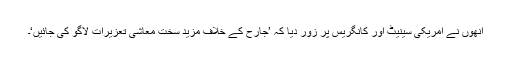
اُنھوں نے امریکی سینیٹ اور کانگریس پر زور دیا کہ ’جارح کے خلاف مزید سخت معاشی تعزیرات لاگو کی جائیں‘۔